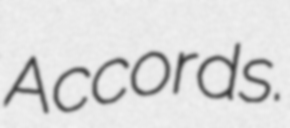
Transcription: Accords.